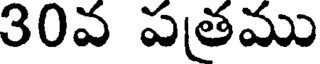
30వ పతము